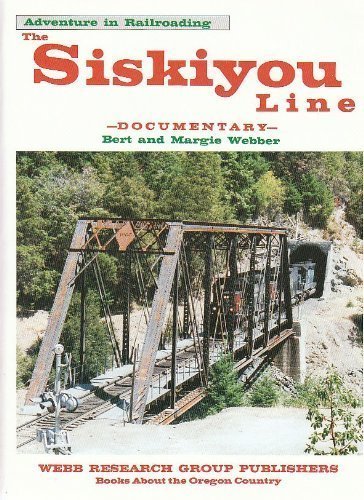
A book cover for The Siskiyou Line - Documentary: Adventure in Railroading (Southern Pacific); Bert Webber; Engineering & Transportation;